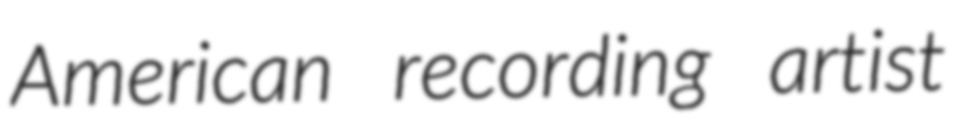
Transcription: American recording artist